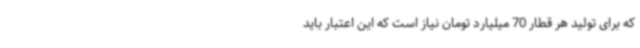
که برای تولید هر قطار 70 میلیارد تومان نیاز است که این اعتبار باید